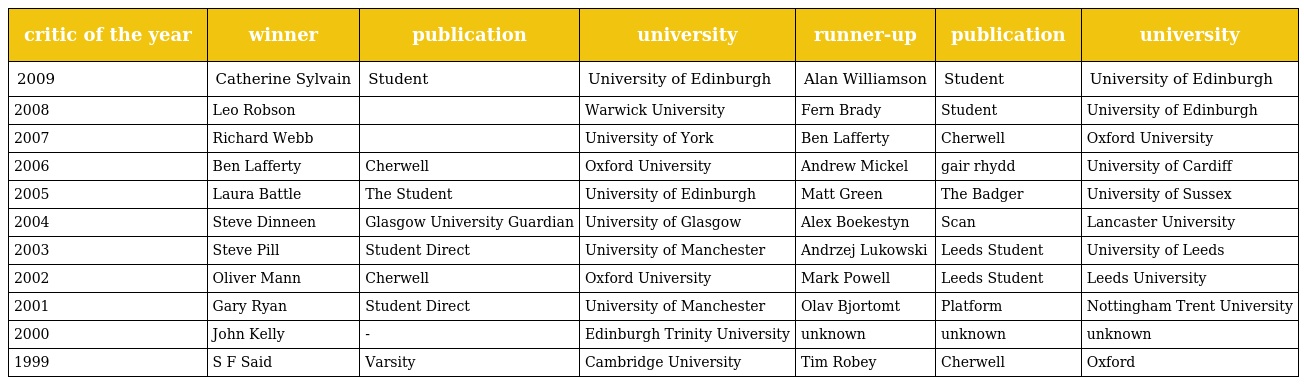
| critic of the year | winner | publication | university | runner-up | publication | university |
 | --- | --- | --- | --- | --- | --- | --- |
 | 2009 | Catherine Sylvain | Student | University of Edinburgh | Alan Williamson | Student | University of Edinburgh |
 | 2008 | Leo Robson |  | Warwick University | Fern Brady | Student | University of Edinburgh |
 | 2007 | Richard Webb |  | University of York | Ben Lafferty | Cherwell | Oxford University |
 | 2006 | Ben Lafferty | Cherwell | Oxford University | Andrew Mickel | gair rhydd | University of Cardiff |
 | 2005 | Laura Battle | The Student | University of Edinburgh | Matt Green | The Badger | University of Sussex |
 | 2004 | Steve Dinneen | Glasgow University Guardian | University of Glasgow | Alex Boekestyn | Scan | Lancaster University |
 | 2003 | Steve Pill | Student Direct | University of Manchester | Andrzej Lukowski | Leeds Student | University of Leeds |
 | 2002 | Oliver Mann | Cherwell | Oxford University | Mark Powell | Leeds Student | Leeds University |
 | 2001 | Gary Ryan | Student Direct | University of Manchester | Olav Bjortomt | Platform | Nottingham Trent University |
 | 2000 | John Kelly | - | Edinburgh Trinity University | unknown | unknown | unknown |
 | 1999 | S F Said | Varsity | Cambridge University | Tim Robey | Cherwell | Oxford |